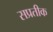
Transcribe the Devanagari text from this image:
सप्रतीक